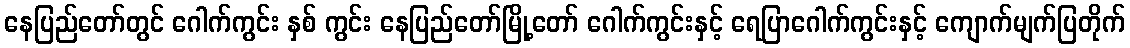
နေပြည်တော်တွင် ဂေါက်ကွင်း နှစ် ကွင်း နေပြည်တော်မြို့တော် ဂေါက်ကွင်းနှင့် ရေပြာဂေါက်ကွင်းနှင့် ကျောက်မျက်ပြတိုက်